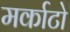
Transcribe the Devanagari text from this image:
मर्काटो